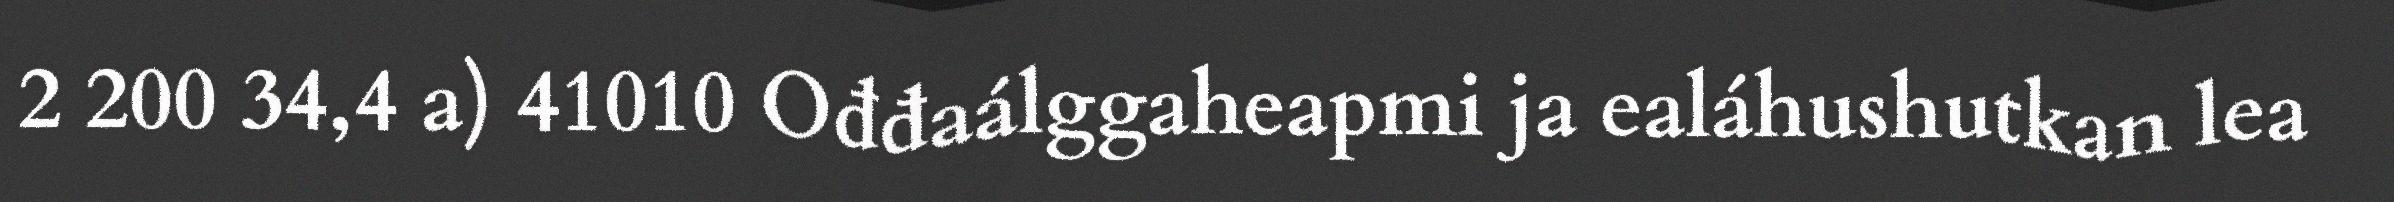
2 200 34,4 a) 41010 Ođđaálggaheapmi ja ealáhushutkan lea